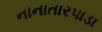
નાનાતારપાડા